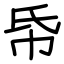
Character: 帋